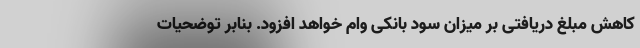
کاهش مبلغ دریافتی بر میزان سود بانکی وام خواهد افزود. بنابر توضحیات